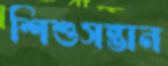
শিশুসন্তান